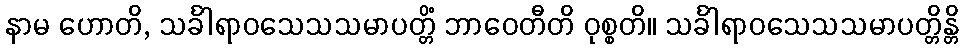
နာမ ဟောတိ, သင်္ခါရာဝသေသသမာပတ္တိံ ဘာဝေတီတိ ဝုစ္စတိ။ သင်္ခါရာဝသေသသမာပတ္တိန္တိ